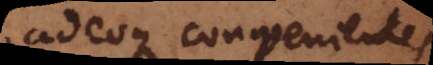
adeoque convenientes